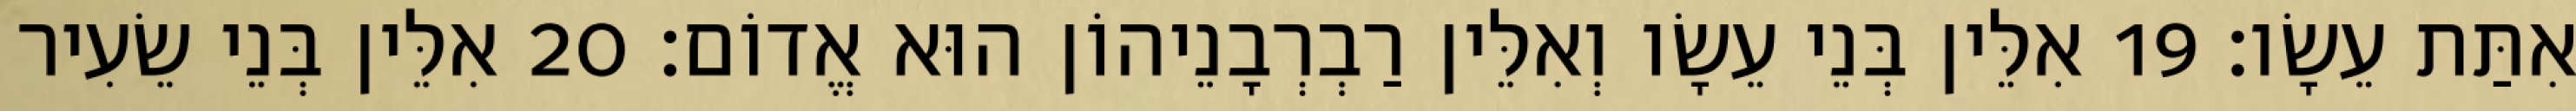
אִתַּת עֵשָׂו׃ 19 אִלֵּין בְּנֵי עֵשָׂו וְאִלֵּין רַבְרְבָנֵיהוֹן הוּא אֱדוֹם׃ 20 אִלֵּין בְּנֵי שֵׂעִיר